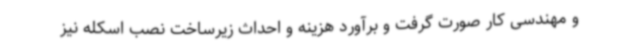
و مهندسی کار صورت گرفت و برآورد هزینه و احداث زیرساخت نصب اسکله نیز